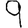
Digit: 9